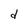
Character: d